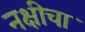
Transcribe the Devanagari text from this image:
नक्षीचा